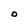
Character: O